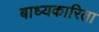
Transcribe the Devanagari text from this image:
बाध्यकारिता